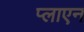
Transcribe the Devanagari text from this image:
प्लाएन